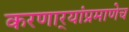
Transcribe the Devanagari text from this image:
करणार्‍यांप्रमाणेच